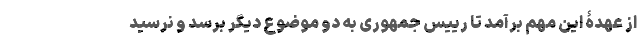
از عهدۀ این مهم برآمد تا رییس جمهوری به دو موضوع دیگر برسد و نرسید